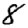
Digit: 8